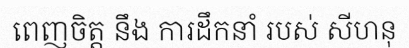
ពេញចិត្ត នឹង ការដឹកនាំ របស់ សីហនុ